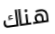
هناك